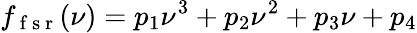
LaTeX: f_{\mathrm{~f~s~r~}}(\nu)=p_{1}\nu^{3}+p_{2}\nu^{2}+p_{3}\nu+p_{4}